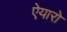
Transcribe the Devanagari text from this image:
ऐयारो